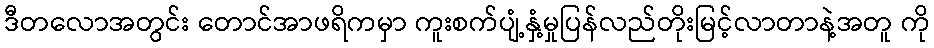
ဒီတလောအတွင်း တောင်အာဖရိကမှာ ကူးစက်ပျံ့နှံ့မှုပြန်လည်တိုးမြင့်လာတာနဲ့အတူ ကို